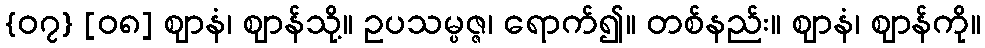
{၀၇} [၀၈] ဈာနံ၊ ဈာန်သို့။ ဥပသမ္ပဇ္ဇ၊ ရောက်၍။ တစ်နည်း။ ဈာနံ၊ ဈာန်ကို။